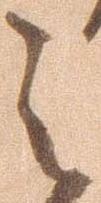
之